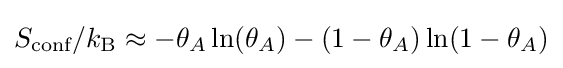
S_{\text{conf}}/k_{\rm {B}}\approx -\theta _{A}\ln(\theta _{A})-(1-\theta _{A})\ln(1-\theta _{A})